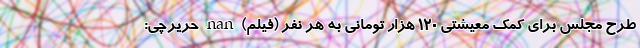
طرح مجلس برای کمک معيشتی ۱۲۰ هزار تومانی به هر نفر (فیلم) nan حریرچی: